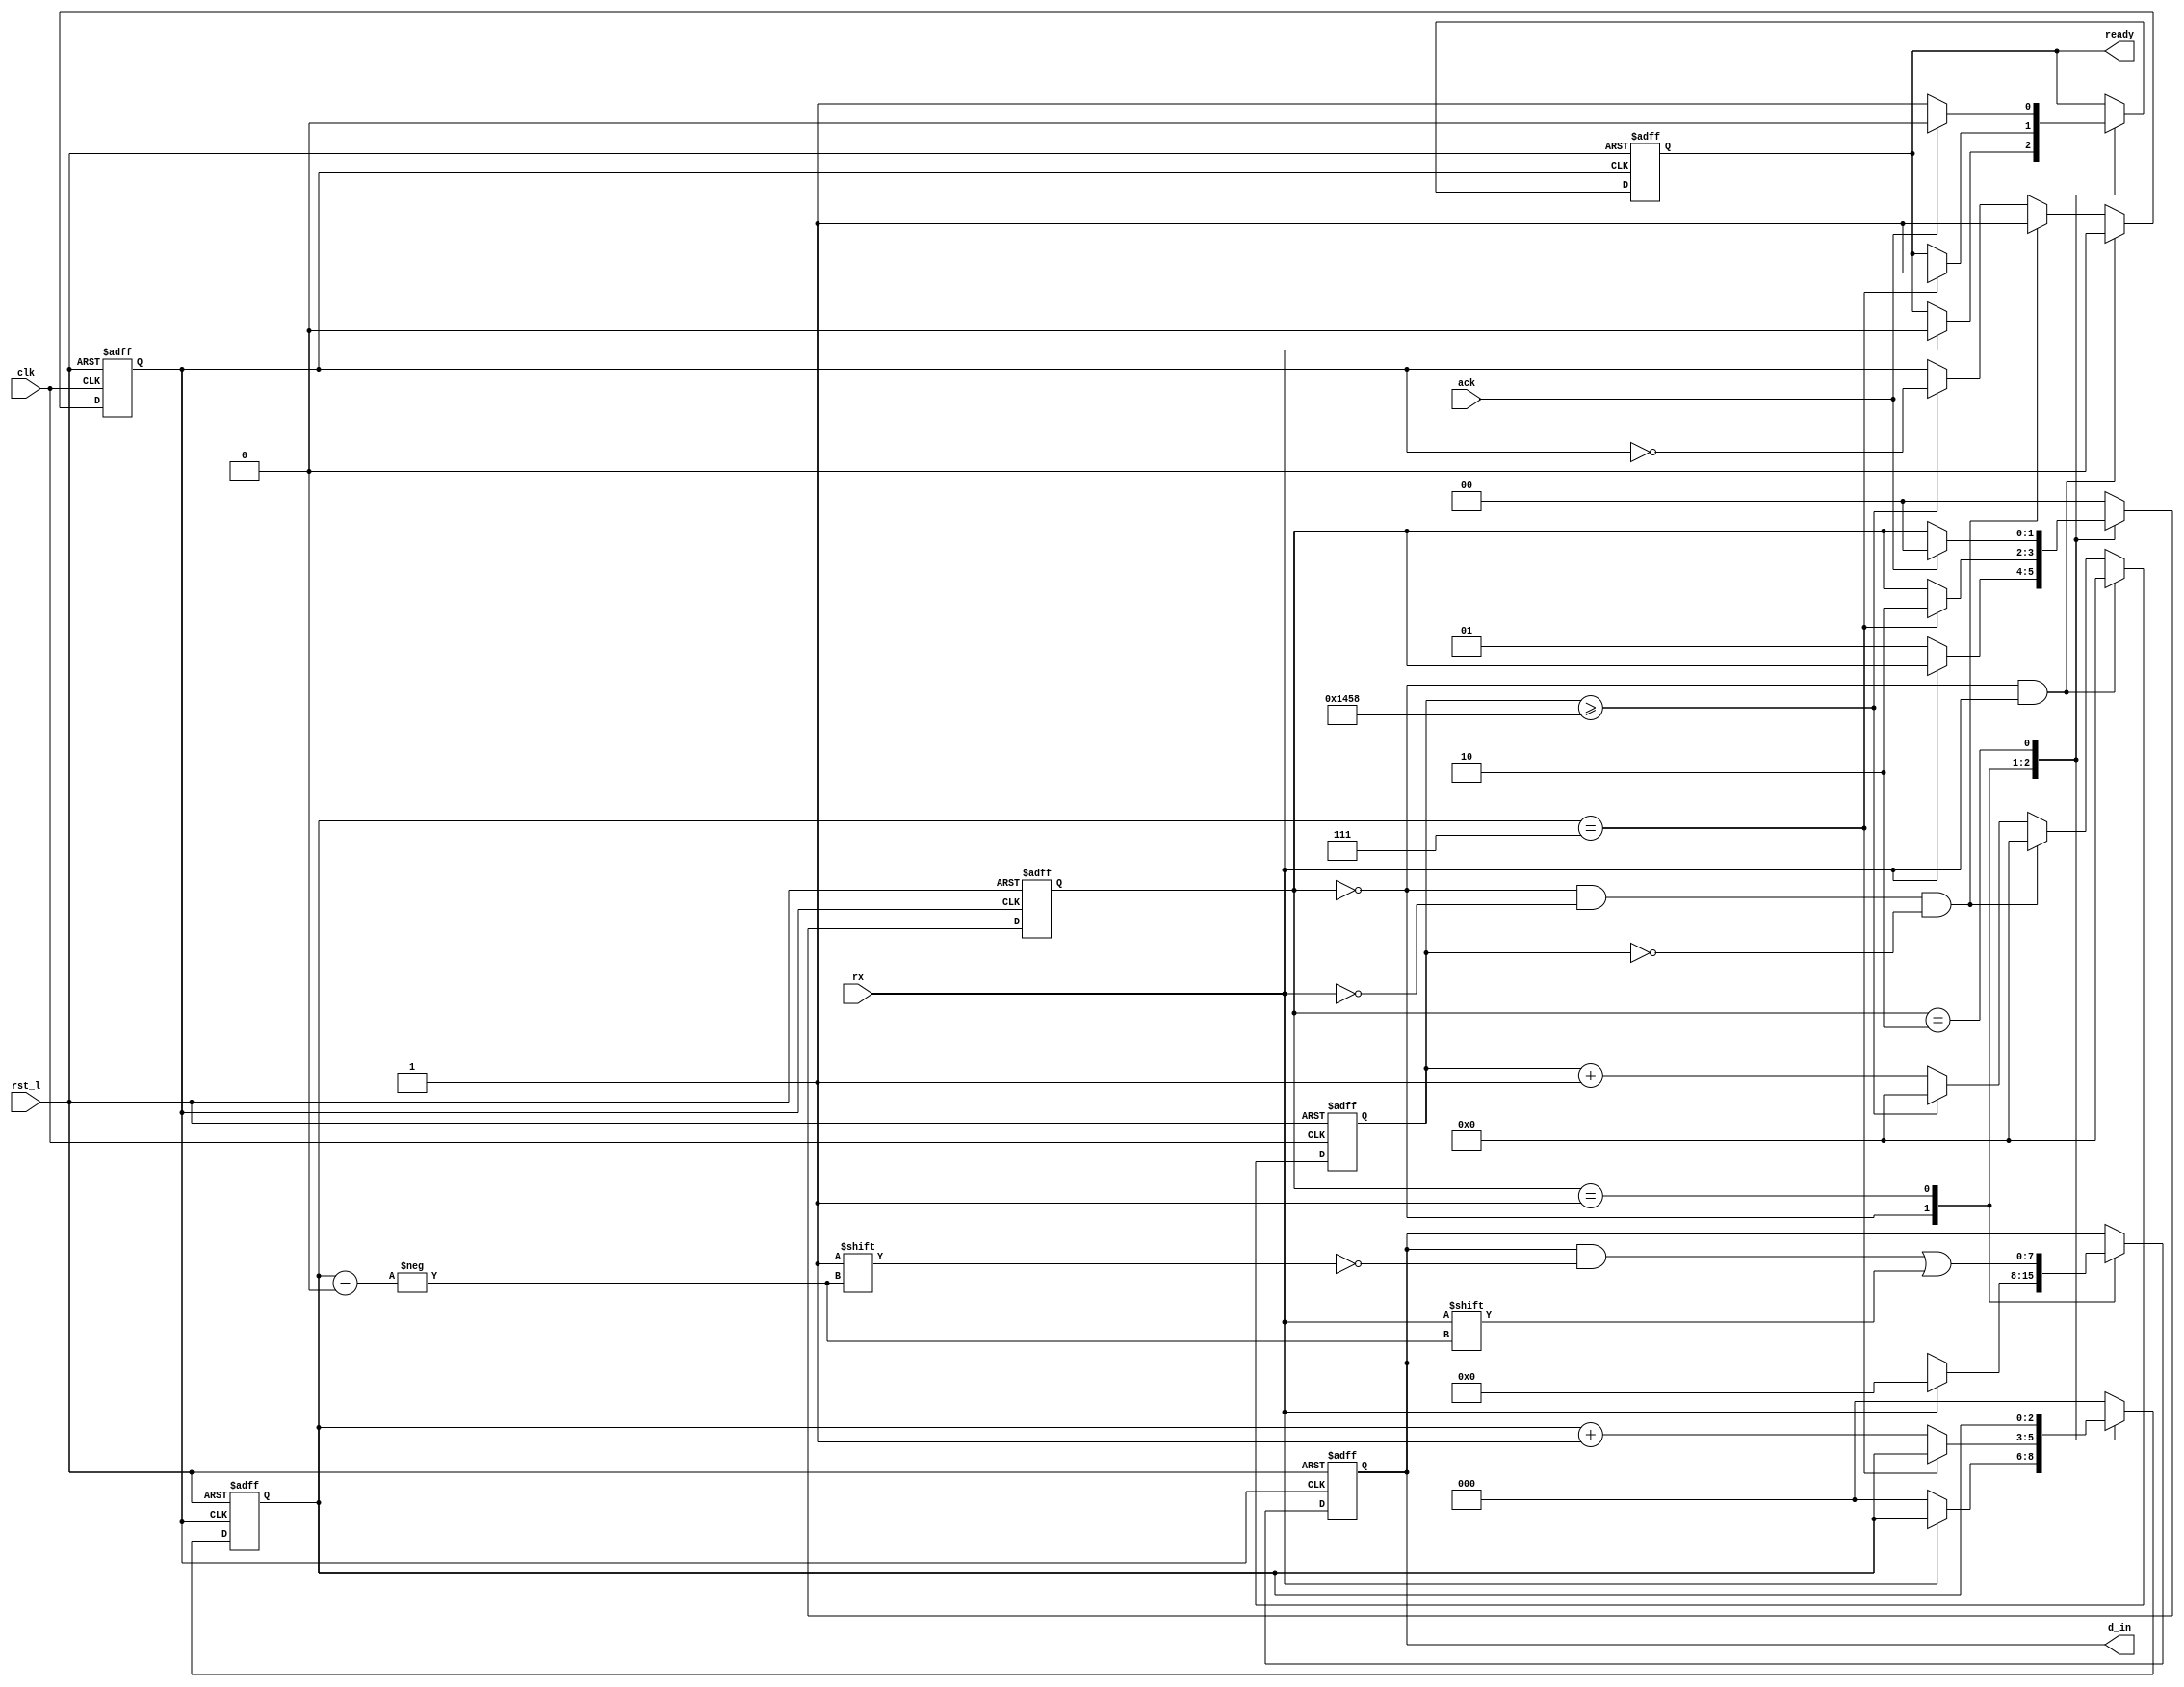
`timescale 1ns/1ps

module uart_rx #(parameter N = 8, baud = 9600)
  (
   //Clock and Reset signals
   input 	    clk,
   input 	    rst_l,
   //Handshake Signals
   input 	    ack,
   output reg 	    ready,
   //Received Input
   input 	    rx,
   output reg [N-1:0] d_in
   );

   //INTERNAL SIGNALS
   reg [1:0] 	    state; //Track state
   reg [2:0] 	    bit_index; //Count rx bits
   reg 		    start_bit;
   
   //STATE PARAMETERS
   localparam WAIT = 0;
   localparam READ = 1;
   localparam DONE = 2;

   //Clock Divider Signals
   reg 	     clk_div;
   reg [31:0] clk_count;
   integer   refresh;
   
   //INITIALIZE SIGNALS
   initial begin
      ready = 0;
      d_in = 0;
      clk_div = 0;
      clk_count = 0;
      refresh = 100_000_000/(2*baud); //set refresh rate to get 9600 baud
   end

   //CLOCK DIVIDER W/ RISING EDGE SYNC
   always @(posedge clk, negedge rst_l) begin
      if(!rst_l) begin
	 clk_count <= 0;
	 clk_div <= 0;
      end
      //Hold until rising edge
      else if((state == WAIT) && rx) begin
	 clk_div <= 0;
	 clk_count <= 0;
      end
      //Initialize on rising edge
      else if((state == WAIT) && !rx && (clk_count == 0)) begin
	 clk_div <= 1;
	 clk_count <= 0;
      end
      //Operate as normal
      else begin
	if(clk_count >= refresh) begin
	 clk_div <= ~clk_div;
	 clk_count <= 0;
	end
	else
	  clk_count <= clk_count + 1;
      end // else: !if(!rst_l)
   end // always @ (posedge clk, negedge rst_l)
   
   //STATE MACHINE
   always @(posedge clk_div, negedge rst_l) begin
      if(!rst_l)begin
	 d_in <= 0;
	 ready <= 0;
	 state <= WAIT;
	 bit_index <= 0;	 
      end
      else begin
	 case(state)
	   WAIT: begin
	      if(!rx) begin
		 bit_index <= 0;
		 state <= READ;
	      end
	      else begin
		 ready <= 0;
		 d_in <= 0;
	      end 
	   end //case: WAIT
	   READ: begin
	      if(bit_index == (N-1))begin
		 d_in[bit_index] <= rx;
		 ready <= 1;
		 state <= DONE;
	      end
	      else begin
		 d_in[bit_index] <= rx;
		 bit_index <= bit_index + 1;
	      end
	   end // case: READ
	   DONE: begin
	      if(/*rx &&*/ ack) begin
		 ready <= 0;
		 state <= WAIT;
	      end
	      else
		ready <= 1;
	   end // case: DONE
	   default:begin
	      state <= WAIT;
	      bit_index <= 0;
	   end // default
	 endcase // case (state)
      end // else: !if(!rst_l)
   end // always @ (posedge clk_div, negedge rst_l)
endmodule // uart_rx